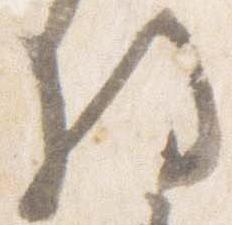
将